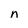
Character: n